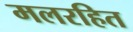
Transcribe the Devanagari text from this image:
मलरहित